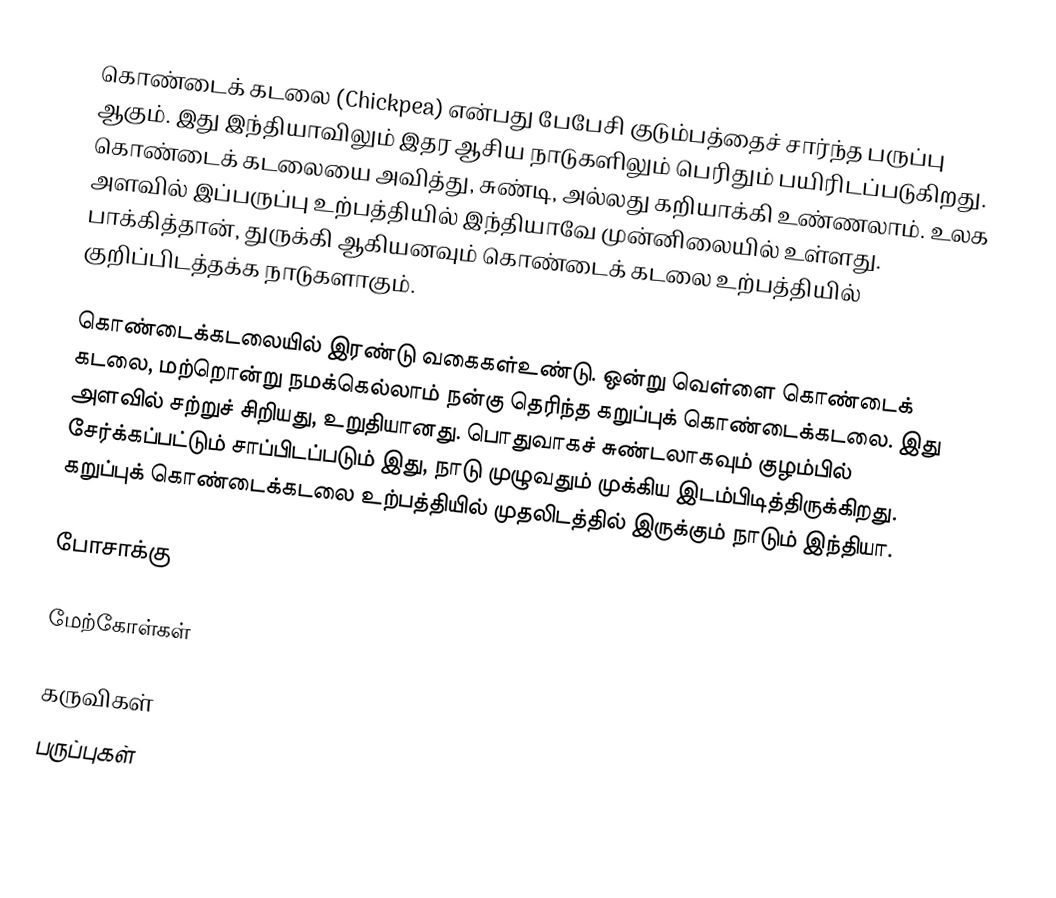
கொண்டைக் கடலை (Chickpea) என்பது பேபேசி குடும்பத்தைச் சார்ந்த பருப்பு ஆகும்.  இது இந்தியாவிலும் இதர ஆசிய நாடுகளிலும் பெரிதும் பயிரிடப்படுகிறது. கொண்டைக் கடலையை அவித்து, சுண்டி, அல்லது கறியாக்கி உண்ணலாம்.  உலக அளவில் இப்பருப்பு உற்பத்தியில் இந்தியாவே முன்னிலையில் உள்ளது. பாக்கித்தான், துருக்கி ஆகியனவும் கொண்டைக் கடலை உற்பத்தியில் குறிப்பிடத்தக்க நாடுகளாகும்.

கொண்டைக்கடலையில் இரண்டு வகைகள்உண்டு. ஒன்று வெள்ளை கொண்டைக் கடலை, மற்றொன்று நமக்கெல்லாம் நன்கு தெரிந்த கறுப்புக் கொண்டைக்கடலை. இது அளவில் சற்றுச் சிறியது, உறுதியானது. பொதுவாகச் சுண்டலாகவும் குழம்பில் சேர்க்கப்பட்டும் சாப்பிடப்படும் இது, நாடு முழுவதும் முக்கிய இடம்பிடித்திருக்கிறது. கறுப்புக் கொண்டைக்கடலை உற்பத்தியில் முதலிடத்தில் இருக்கும் நாடும் இந்தியா.

போசாக்கு

மேற்கோள்கள்

கருவிகள்
பருப்புகள்